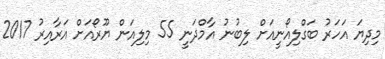
މިދިޔަ އަހަރު ބަގްލިއޯނީއަށް ލިބުނު އާމްދަނީ 55 މިލިއަން ޔޫރޯއަށް އަރާއިރު 2017